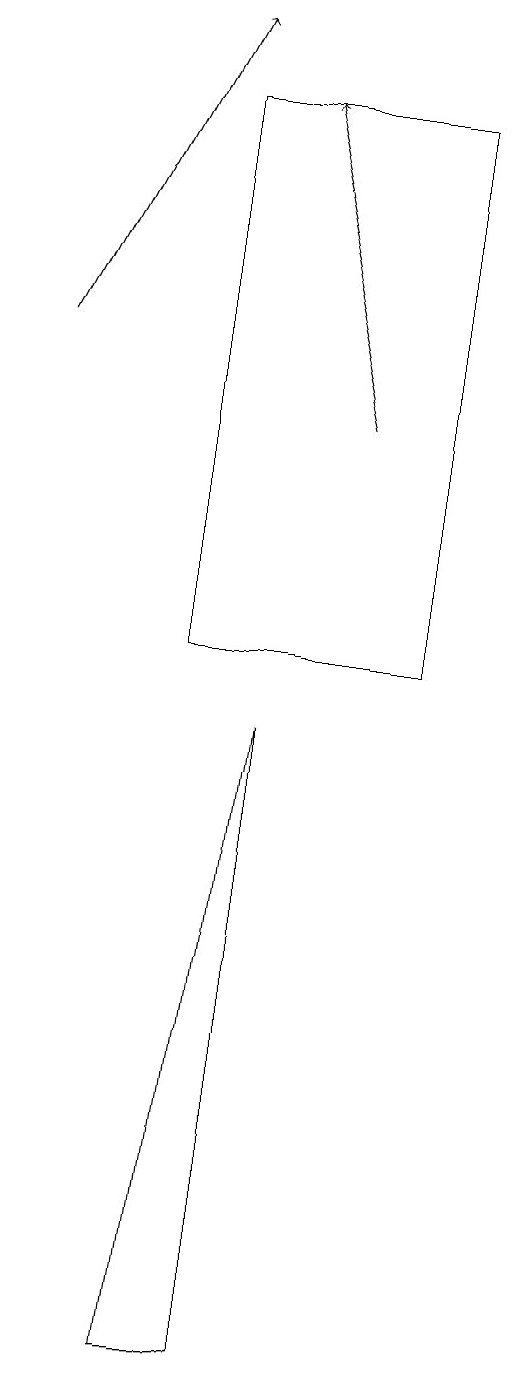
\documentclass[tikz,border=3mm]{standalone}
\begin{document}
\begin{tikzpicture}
\draw (6,17) rectangle (3,10);
\draw[->] (1,14) -- (3,18);
\draw (7,13) rectangle (7,18);
\draw (4,9) -- (4,1) -- (3,1) -- cycle;
\draw[->] (5,13) -- (4,17);
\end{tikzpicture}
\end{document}